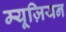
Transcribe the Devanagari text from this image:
म्यूज़ियन